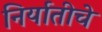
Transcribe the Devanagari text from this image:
निर्यातीचे